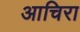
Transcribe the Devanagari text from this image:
आचिरा